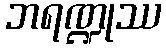
ဘရဏ္ဍုဿ